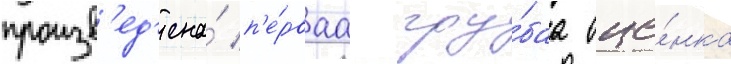
произв'ед'ена́ п'е́рваа гру́баа оце́нка